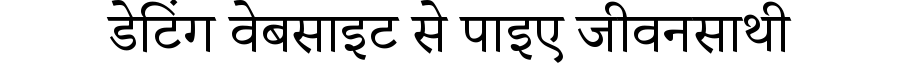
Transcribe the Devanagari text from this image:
डेटिंग वेबसाइट से पाइए जीवनसाथी